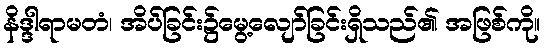
နိဒ္ဒါရာမတံ၊ အိပ်ခြင်း၌မွေ့လျော်ခြင်းရှိသည်၏ အဖြစ်ကို။